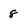
Character: 8